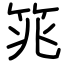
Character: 筄